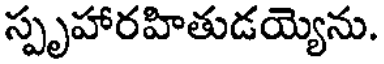
స్పృహారహితుడయ్యెను.